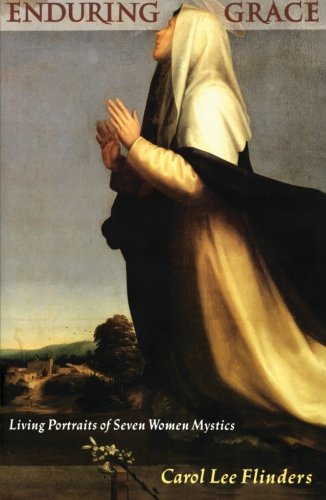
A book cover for Enduring Grace: Living Portraits of Seven Women Mystics; Carol L. Flinders; Christian Books & Bibles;